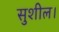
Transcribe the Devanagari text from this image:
सुशील।